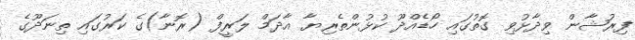
ފިރުޝާން ވިދާޅުވި ގޮތުގައި ހޯޑެއްދޫ ކުޅުންތެރިޔާ އާާދަމް ލަރީފް (ރޮނާ)ގެ ކަރުގައި ތިނަދޫގެ